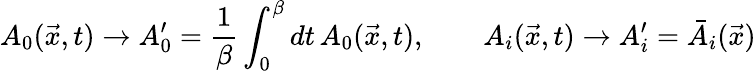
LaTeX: A_{0}(\vec{x},t)\rightarrow A_{0}^{\prime}={\frac{1}{\beta}}\int_{0}^{\beta}dt\, A_{0}(\vec{x},t),\qquad A_{i}(\vec{x},t)\rightarrow A_{i}^{\prime}=\bar{A}_{i}(\vec{x})